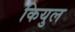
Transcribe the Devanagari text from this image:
कियुल